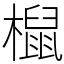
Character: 𣜌